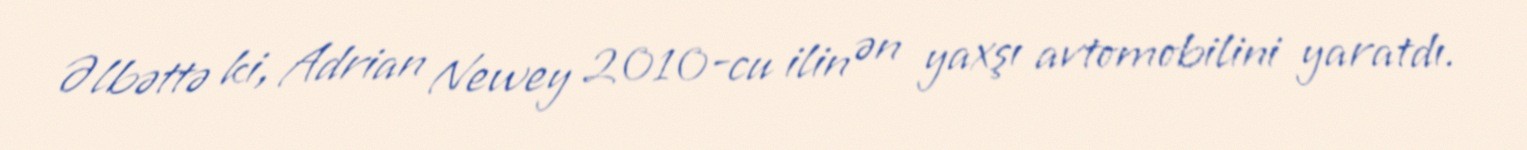
Əlbəttə ki, Adrian Newey 2010-cu ilin ən yaxşı avtomobilini yaratdı.